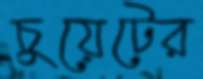
চুয়েটের